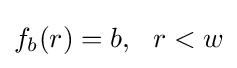
f_{b}(r)=b,~~r<w